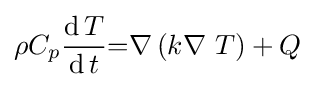
\rho \,\!C_{p}{\operatorname {d} T \over \operatorname {d} t}{=}\nabla \left(k\nabla \ T\right)+Q